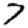
Digit: 7